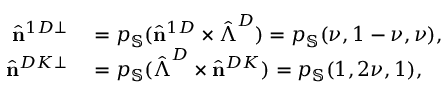
\begin{array} { r l } { \hat { \mathbf { n } } ^ { 1 D \perp } } & { { } = p _ { \mathbb { S } } ( \hat { \mathbf { n } } ^ { 1 D } \times \hat { \boldsymbol { \Lambda } } ^ { D } ) = p _ { \mathbb { S } } ( \nu , 1 - \nu , \nu ) , } \\ { \hat { \mathbf { n } } ^ { D K \perp } } & { { } = p _ { \mathbb { S } } ( \hat { \boldsymbol { \Lambda } } ^ { D } \times \hat { \mathbf { n } } ^ { D K } ) = p _ { \mathbb { S } } ( 1 , 2 \nu , 1 ) , } \end{array}